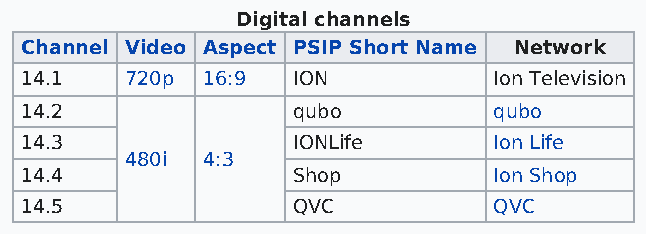
Digital channels
 Channel Video Aspect PSIP Short Name Network
 14.1   720p 16:9  ION           Ion Television
 14.2              qubo          qubo
 14.3              IONLife       Ion Life
 480i 4:3
 14.4              Shop          Ion Shop
 14.5              QVC           QVC